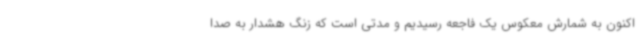
اکنون به شمارش معکوس یک فاجعه رسیدیم و مدتی است که زنگ هشدار به صدا